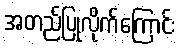
အတည်ပြုလိုက်ကြောင်း